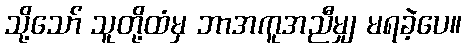
သို့သော် သူတို့ထံမှ ဘာအကူအညီမျှ မရခဲ့ပေ။